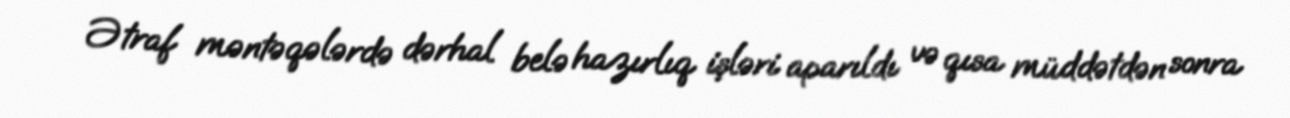
Ətraf məntəqələrdə dərhal belə hazırlıq işləri aparıldı və qısa müddətdən sonra